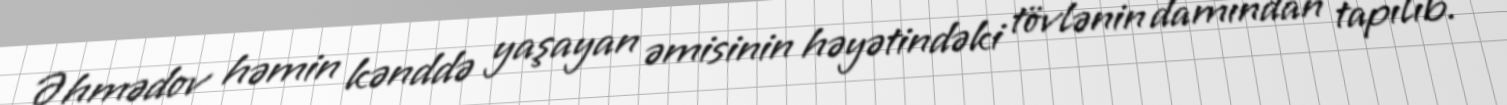
Əhmədov həmin kənddə yaşayan əmisinin həyətindəki tövlənin damından tapılıb.